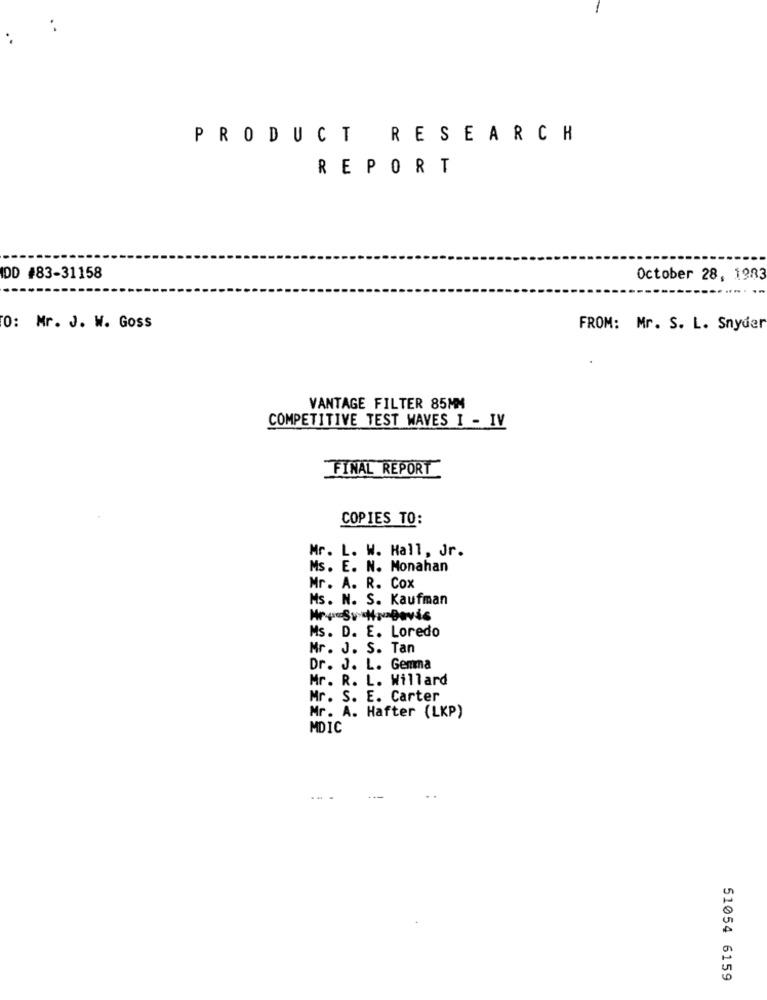
PRODUCT RESEARCH
REPORT
IDD #83-31158
October 28, 1983
0: Mr. J. W. Goss
FROM: Mr. S. L. Snyder
VANTAGE FILTER 85MM
COMPETITIVE TEST WAVES I - IV
FINAL REPORT
COPIES TO:
Mr. L. W. Hall, Jr.
Ms. E. N. Monahan
Mr. A. R. Cox
Ms. N. S. Kaufman
Ms. D. E. Loredo
Mr. J. S. Tan
Dr. J. L. Gemma
Mr. R. L. Willard
Mr. S. E. Carter
Mr. A. Hafter (LKP)
MDIC
51054 6159